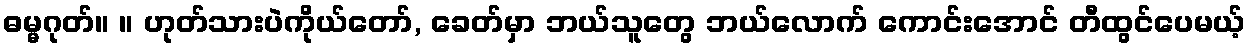
ဓမ္မဂုတ်။ ။ ဟုတ်သားပဲကိုယ်တော်, ခေတ်မှာ ဘယ်သူတွေ ဘယ်လောက် ကောင်းအောင် တီထွင်ပေမယ့်